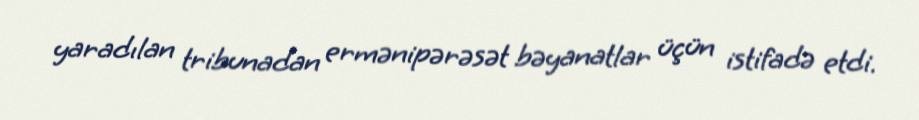
yaradılan tribunadan ermənipərəsət bəyanatlar üçün istifadə etdi.